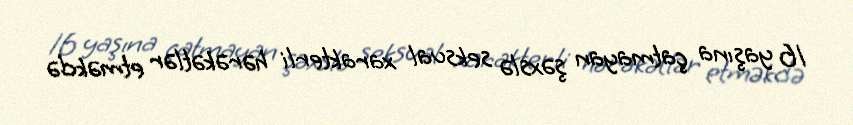
16 yaşına çatmayan şəxslə seksual xarakterli hərəkətlər etməkdə